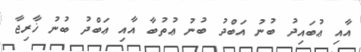
އާއި ޢުބައިދު ބުނު އަބްދު ބުނު ޢުތުބާ އާއި ޢަބްދު ބުނު ޚާރިޖާ